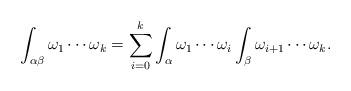
LaTeX: \begin{align*} \int_{\alpha\beta} \omega_1 \cdots \omega_k = \sum_{i = 0}^k \int_{\alpha} \omega_1 \cdots \omega_i \int_{\beta} \omega_{i+1} \cdots \omega_k. \end{align*}